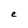
Character: e